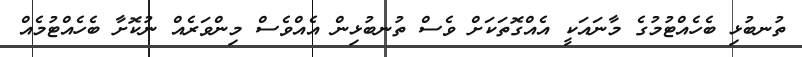
ތުނބުޅި ބެހެއްޓުމުގެ މާނައަކީ އެއްގޮތަކަށް ވެސް ތުނބުޅިން އެއްވެސް މިންވަރެއް ނުކޮށާ ބެހެއްޓުމެއް